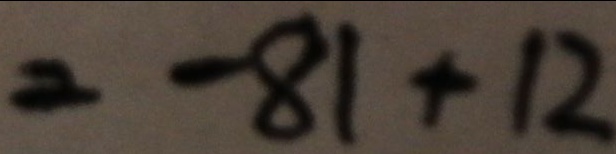
= - 8 1 + 1 2